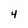
Character: 4